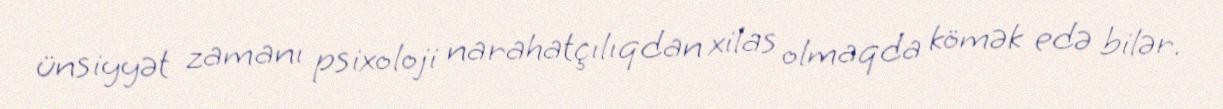
ünsiyyət zamanı psixoloji narahatçılıqdan xilas olmaqda kömək edə bilər.